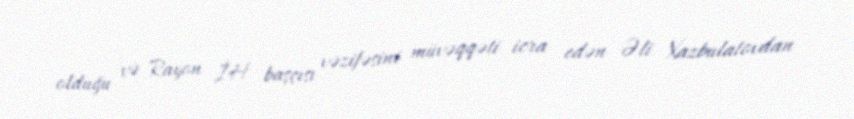
olduğu və Rayon İH başçısı vəzifəsini müvəqqəti icra edən Əli Xazbulatovdan